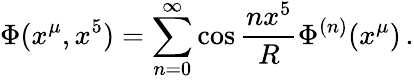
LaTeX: \Phi(x^{\mu},x^{5})=\sum_{n=0}^{\infty}\cos\frac{nx^{5}}{R}\Phi^{(n)}(x^{\mu})\, .